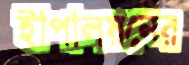
ইপিলিয়নের